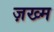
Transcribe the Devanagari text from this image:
ज़ख्‍म